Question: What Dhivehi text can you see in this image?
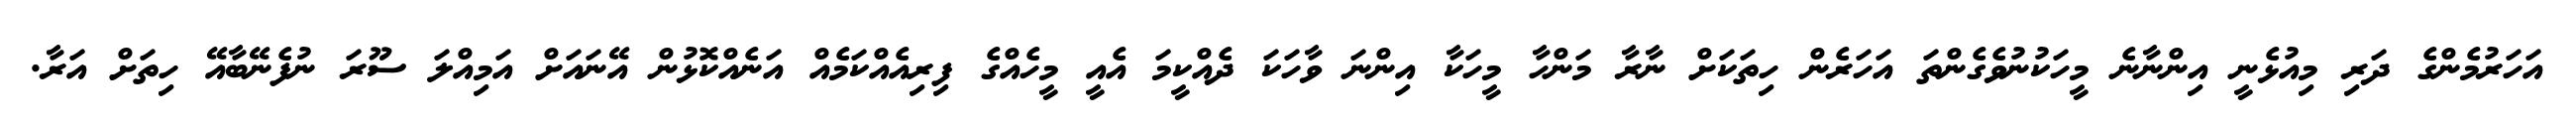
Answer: އަހަރުމެންގެ ދަރި މިއުޅެނީ އިންނާނެ މީހަކުނުވެގެންތަ އަހަރެން ހިތަކަށް ނާރާ މަންހާ މީހަކާ އިންނަ ވާހަކަ ދެއްކީމަ އެއީ މީހެއްގެ ފިރިއެއްކަމެއް އަނެއްކޮޅުން އޭނައަށް އަމިއްލަ ސޫރަ ނުފެނޭބާއޭ ހިތަށް އަރާ.